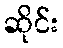
ဆိုင်း